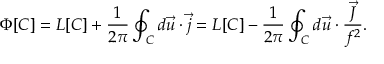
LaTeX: \Phi [ C ] = L [ C ] + \frac { 1 } { 2 \pi } \oint _ { C } d \vec { u } \cdot \vec { j } = L [ C ] - \frac { 1 } { 2 \pi } \oint _ { C } d \vec { u } \cdot \frac { \vec { J } } { f ^ { 2 } } .